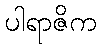
ပါရာဇိက